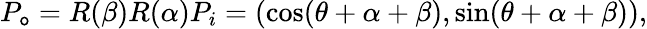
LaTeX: P_{\mathtt{o}}=R(\beta)R(\alpha)P_{i}=(\cos(\theta+\alpha+\beta),\sin(\theta+\alpha+\beta)),